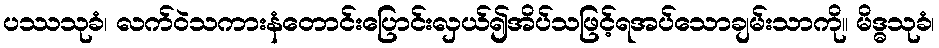
ပဿသုခံ၊ လက်ဝဲသကားနံတောင်းပြောင်းလှယ်၍အိပ်သဖြင့်ရအပ်သောချမ်းသာကို။ မိဒ္ဓသုခံ၊